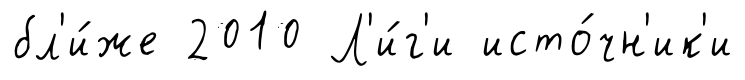
бл'и́же 2010 Л'и́г'и исто́чн'ик'и